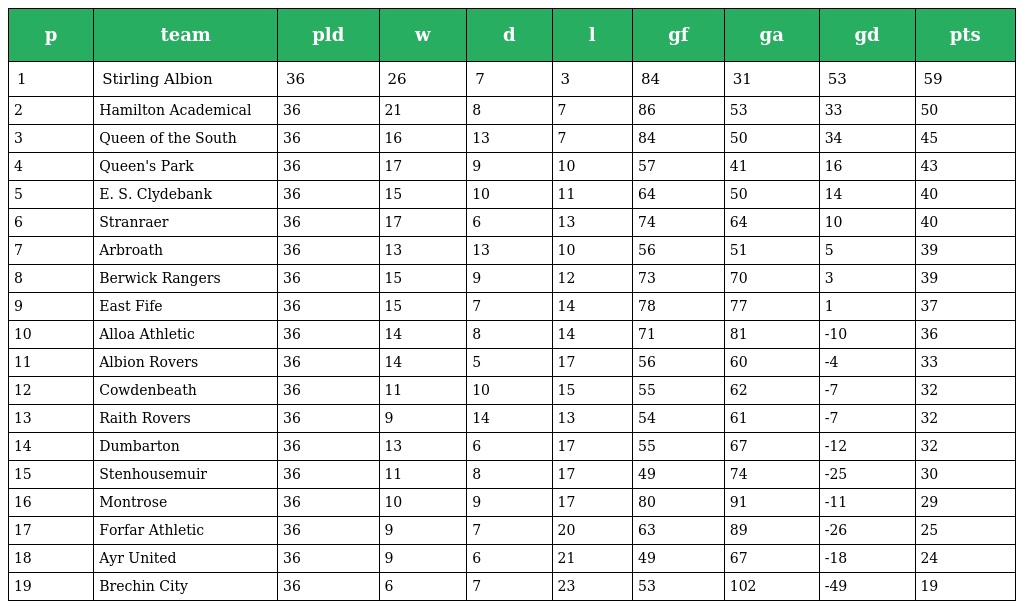
| p | team | pld | w | d | l | gf | ga | gd | pts |
 | --- | --- | --- | --- | --- | --- | --- | --- | --- | --- |
 | 1 | Stirling Albion | 36 | 26 | 7 | 3 | 84 | 31 | 53 | 59 |
 | 2 | Hamilton Academical | 36 | 21 | 8 | 7 | 86 | 53 | 33 | 50 |
 | 3 | Queen of the South | 36 | 16 | 13 | 7 | 84 | 50 | 34 | 45 |
 | 4 | Queen's Park | 36 | 17 | 9 | 10 | 57 | 41 | 16 | 43 |
 | 5 | E. S. Clydebank | 36 | 15 | 10 | 11 | 64 | 50 | 14 | 40 |
 | 6 | Stranraer | 36 | 17 | 6 | 13 | 74 | 64 | 10 | 40 |
 | 7 | Arbroath | 36 | 13 | 13 | 10 | 56 | 51 | 5 | 39 |
 | 8 | Berwick Rangers | 36 | 15 | 9 | 12 | 73 | 70 | 3 | 39 |
 | 9 | East Fife | 36 | 15 | 7 | 14 | 78 | 77 | 1 | 37 |
 | 10 | Alloa Athletic | 36 | 14 | 8 | 14 | 71 | 81 | -10 | 36 |
 | 11 | Albion Rovers | 36 | 14 | 5 | 17 | 56 | 60 | -4 | 33 |
 | 12 | Cowdenbeath | 36 | 11 | 10 | 15 | 55 | 62 | -7 | 32 |
 | 13 | Raith Rovers | 36 | 9 | 14 | 13 | 54 | 61 | -7 | 32 |
 | 14 | Dumbarton | 36 | 13 | 6 | 17 | 55 | 67 | -12 | 32 |
 | 15 | Stenhousemuir | 36 | 11 | 8 | 17 | 49 | 74 | -25 | 30 |
 | 16 | Montrose | 36 | 10 | 9 | 17 | 80 | 91 | -11 | 29 |
 | 17 | Forfar Athletic | 36 | 9 | 7 | 20 | 63 | 89 | -26 | 25 |
 | 18 | Ayr United | 36 | 9 | 6 | 21 | 49 | 67 | -18 | 24 |
 | 19 | Brechin City | 36 | 6 | 7 | 23 | 53 | 102 | -49 | 19 |